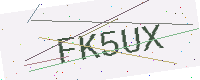
Text: FK5UX